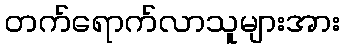
တက်ရောက်လာသူများအား